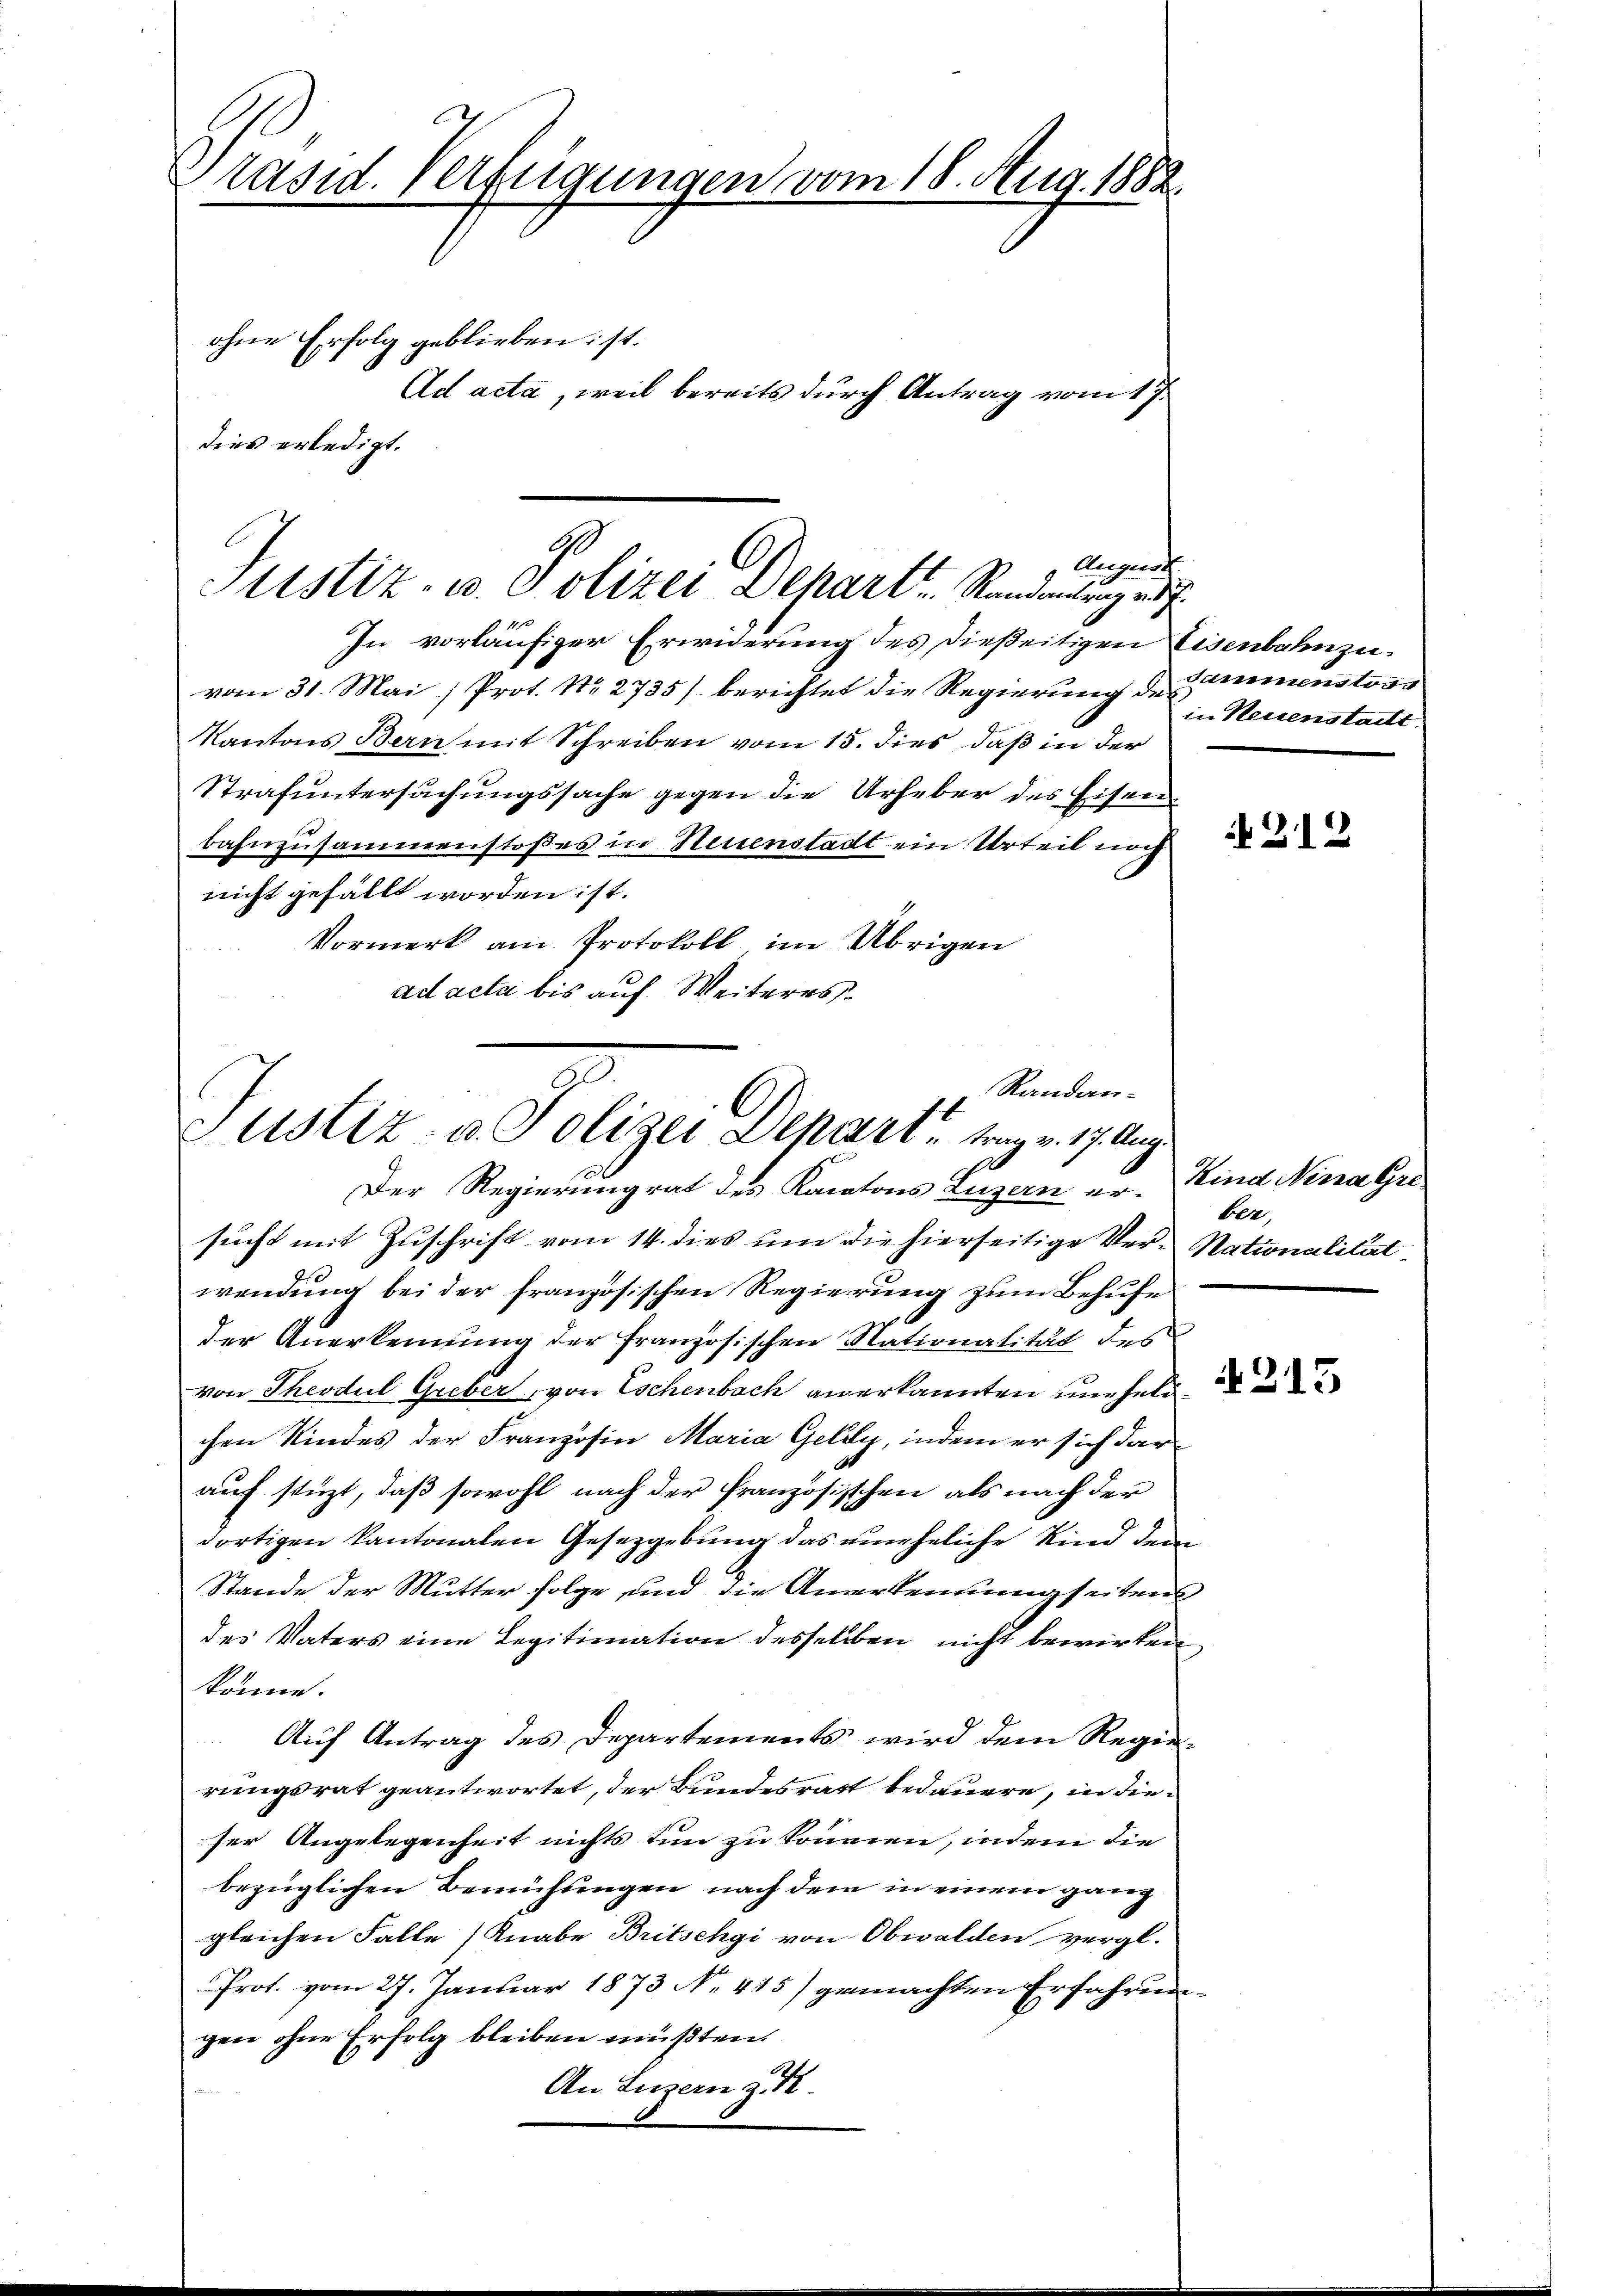
Präsid. Verfügungen vom 18. Aug. 1882.
ohne Erfolg geblieben ist.
Ad acta, weil bereits durch Antrag vom 17.
dies erledigt.

9
Augent
Justiz- u. Polizei Depart ..  Randantrag er f

In vorläufiger Erwiderung des dießeitigen Eisenbahnzuvom 31. Mai, Prot. No. 2735) berichtet die Regierung der Zimmenstoss
Kantons Bern mit Schreiben vom 15. dies, daß in der
Strafuntersuchungssache gegen die Urheber des Eisenbahnzusammenstoßes in Neuenstadt ein Urteil noch
nicht gefällt worden ist.
Vormerk am Protokoll im Übrigen
ad acta bis auf Weiteres

Randanustiz- u. Polizei Depart, trag v. 17. Aug.
Der Regierungrat des Kantons Luzern er¬

in Neuenstatt.

sucht mit Zuschrift vom 14. dies um die hierseitige Ver-Nationalität
wendung bei der französischen Regierung zum Behufe
der Anerkennung der Französischen Nationalität des
von Theodul Greber, von Eschenbach anerkannten uneheli
chen Kindes der Franzosen Maria Geldy, indem er sich darauf stüzt, daß sowohl nach der französischen als nach der
dortigen kantonalen Gesetzgebung das uneheliche Kind dem
Stande der Mutter folge und die Anerkennung seiten
des Vaters eine Legitimation desselben nicht bewirken
könne.
Auf Antrag des Departements wird dem Regierungsrat geantwortet, der Bundesrath bedauern, in dieser Angelegenheit nichts tun zu können, indem die
bezüglichen Bemühungen nach dem in einem ganz
gleichen Falle (Knabe Britschgi von Obwalden vergl.
Prot. vom 27. Januar 1873 No 415) gemachten Erfahrunggen ohne Erfolg bleiben müßten.
An Luzern ge

212

Kind Nina Gre
ber